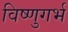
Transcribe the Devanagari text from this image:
विष्णुगर्भ